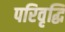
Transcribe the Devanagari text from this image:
परिवृद्धि